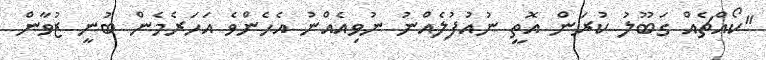
"ކޯއްޗެއް ގަބޫލު ކުރަން އޮތީ ނުއުފުލެއްނު ނުވިއެއްނު އެހެންވެ އަހަރެމެން ބުނީ ޒުވާން